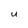
Character: U